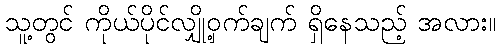
သူ့တွင် ကိုယ်ပိုင်လျှို့ဝှက်ချက် ရှိနေသည့် အလား။